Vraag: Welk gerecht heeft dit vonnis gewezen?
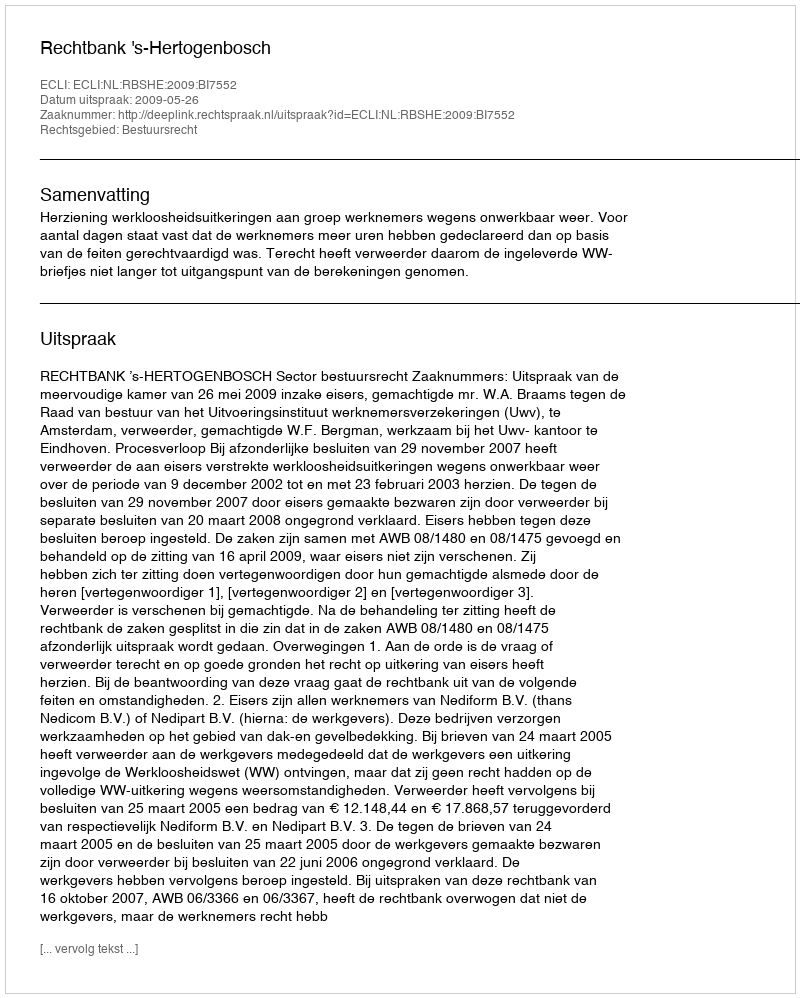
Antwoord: Rechtbank 's-Hertogenbosch